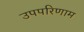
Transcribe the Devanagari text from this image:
उपपरिणाम